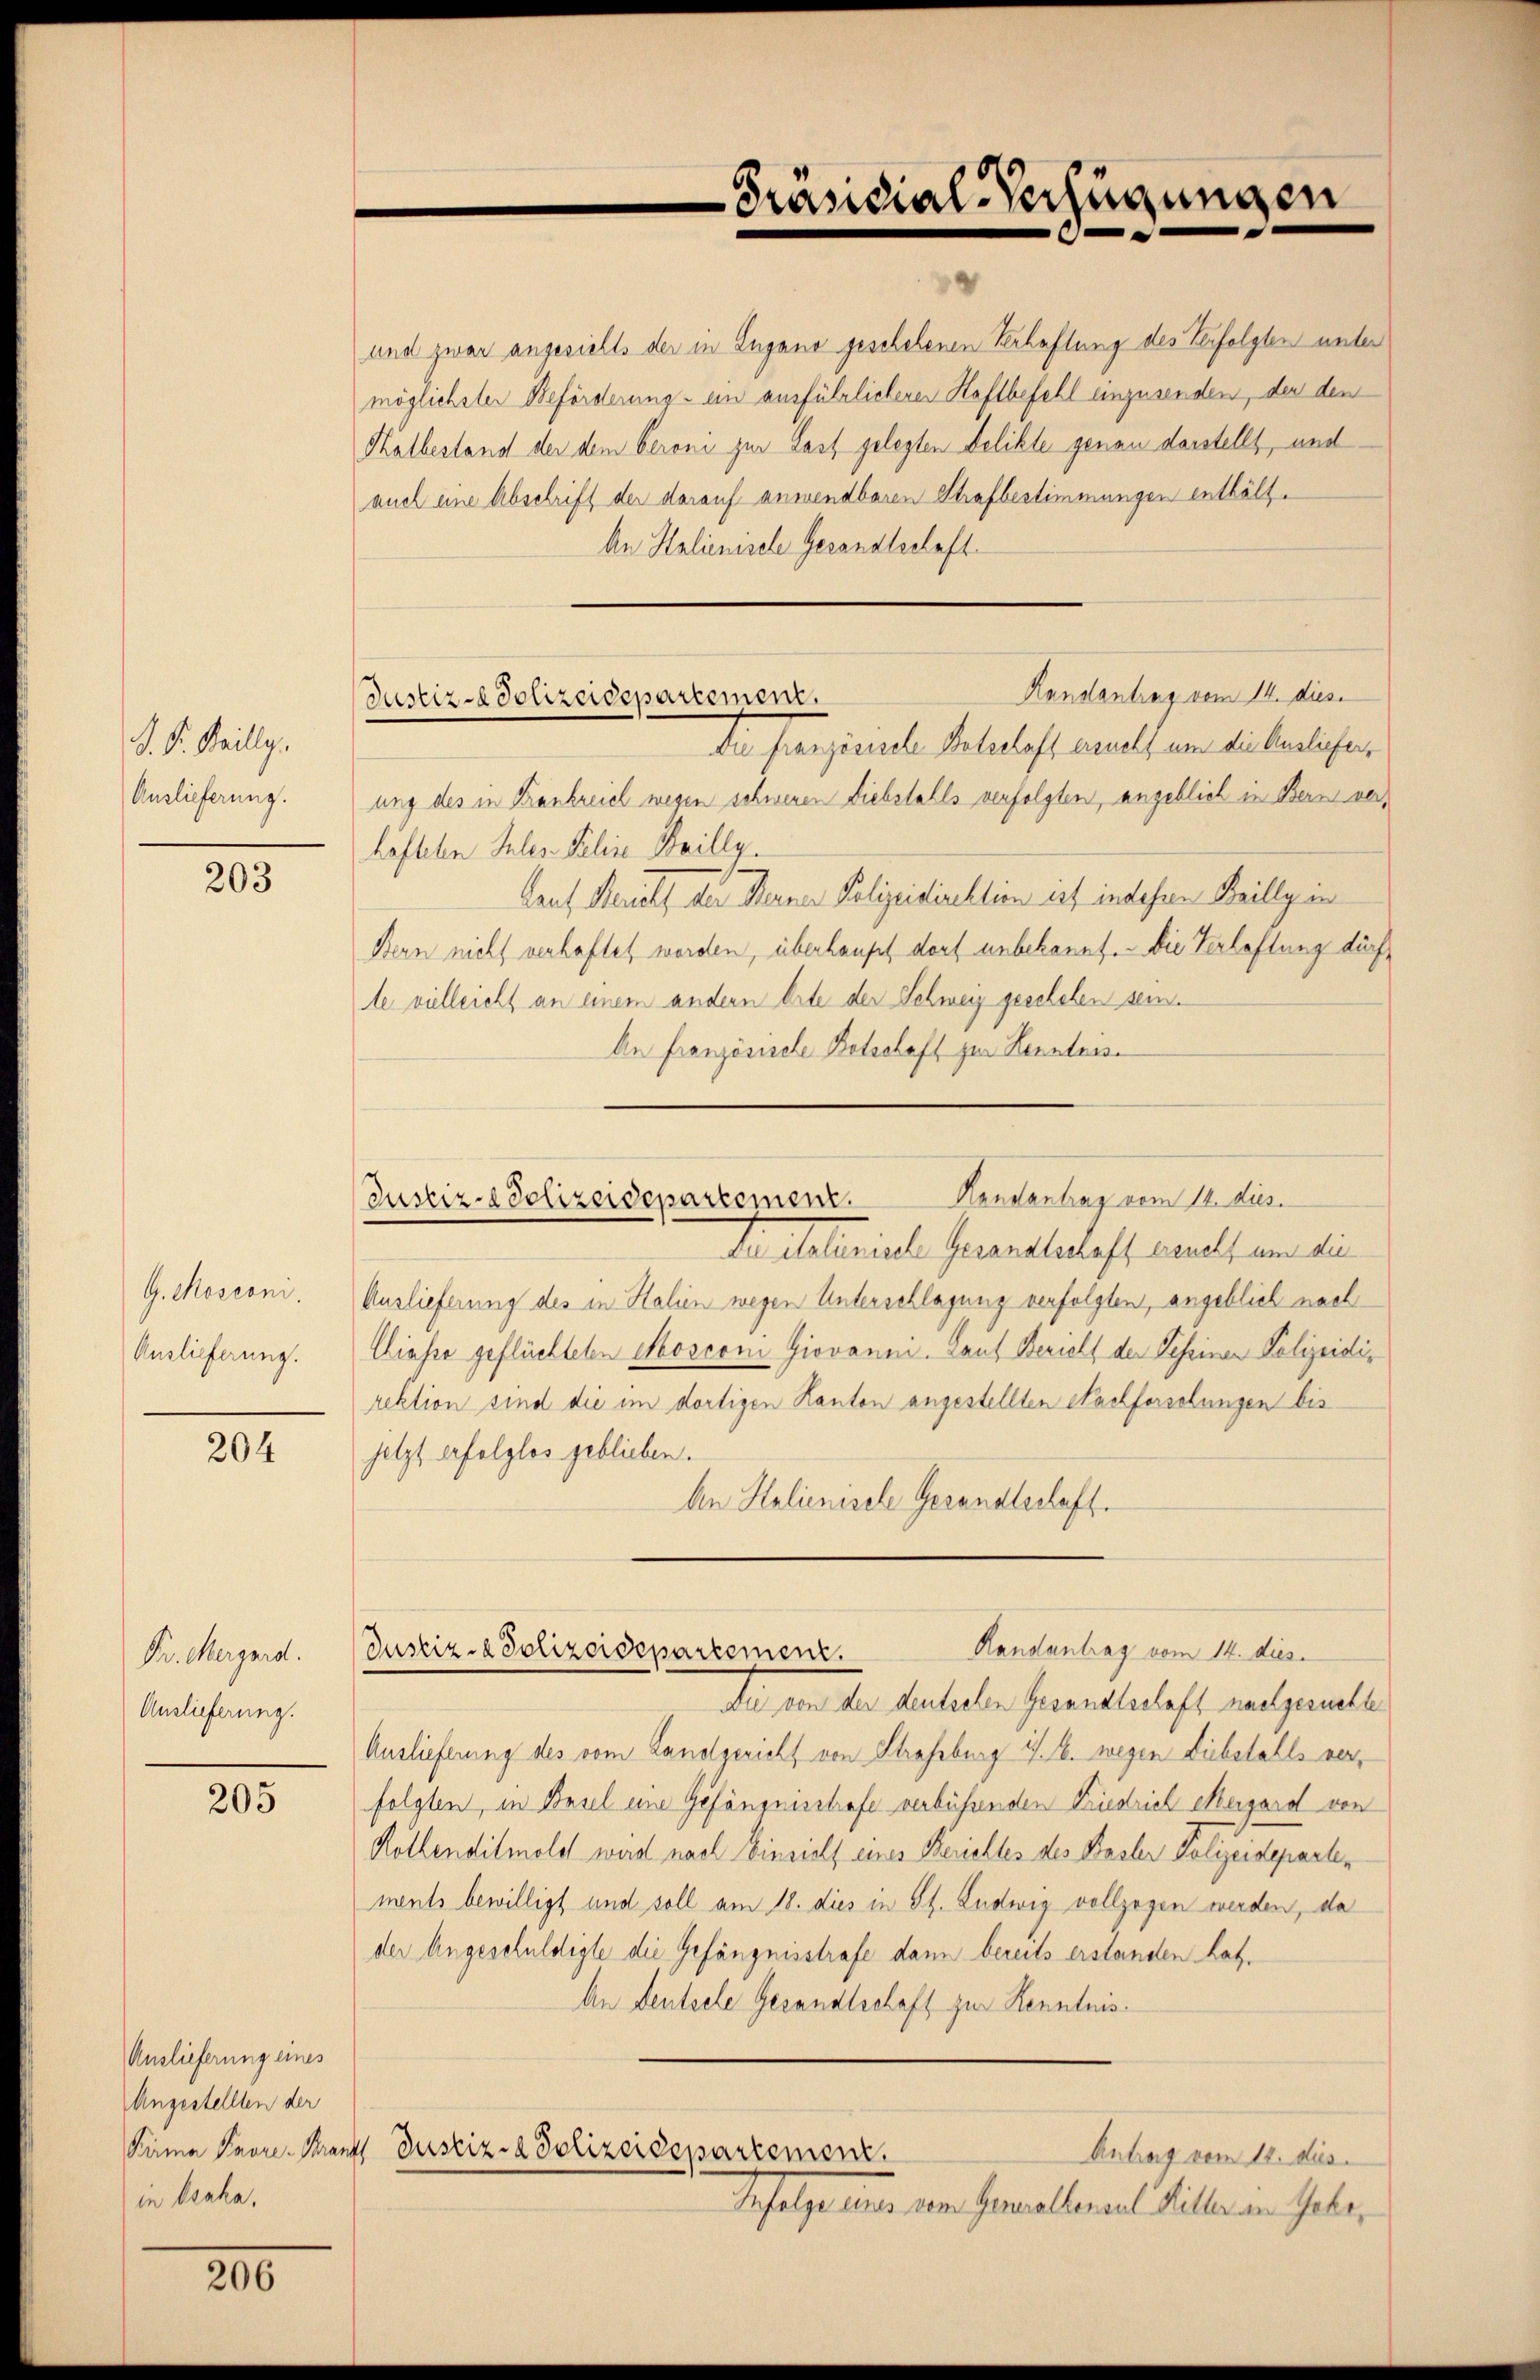
S. S. Beilly.
Auslieferung.

203

G. Mosconi.
Auslieferung.

204

Pr. Margard.
Auslieferung.

205

Auslieferung eines
Angestellten der
in Isaka.

206

und zwar angesichts der in Zugano geschehenen Verhaftung des Verfolgten unter
möglichster Beförderung ein ausführlichenen Haftbefehl einzusenden, den den
Halbestand der dem Beroni zur Last gelegten Delikte genau darstellt, und
auch eine Abschrift der darauf anwendbaren Strafbestimmungen enthält¬
An Halienische Gesandtschaft
Die Französische Botschaft ernels um die Ausliesser,
ung des in Frankreich wegen schweren Diebstalls verfolgten, angeblich in Bern verhafteten Inles-Feline Bailly.
Laut Bericht der Berner Polizeidirektion ist indessen Beilligen
Bern nicht verhaftet worden, überhaupt dorf unbekannt. Die Verlastung dürfle vielleicht an einem andern Orte der Schweiz geschehen sein.
An Französische Botschaft zur Kenntnis

Randantrag vom 14. dies
Justiz-Polizeidepartement.

Präsidial-Verfügungen

Handantrag vom 14. dies.
Justiz-Polizeidepartement.

da allerische Gesandtschaft ernels um die
Auslieferung des in Halien wegen Unterschlagung verfolgten, angeblich nach
Chiesse geflüchteten Mosconi Giovanni. Laut Bericht der Tessiner Polizeidirektion sind die im dortigen Kanton angestellten Nachforschungen bis
jetzt erfolglos geblieben.
An Halienische Gesandtschaft.
Du von der heutelen Gesandtschaft nachgesuchte
Auslieferung des vom Landgericht von Strassburg i. B. wegen Diebstalls verfolgten, in Basel eine Gefängnisstrafe verbührenden Friedrich ergard von
Kollenditmold wird nach Einsicht eines Berichtes des Basler Polizeideparten
ments bewilligt und soll am 18. dies in St. Ludwig vollzogen werden, da
der Angeschuldigte die Gefängnisstrafe dann bereits erstanden hat.
An Deutsele Gesandtschaft zur Kenntnis
Käma Pron-Trants Justiz- & Polizeidepartement.
Antrag vom 12. dies
Infolge einer dem Generallenaul Hiller an Geber

Randantrag vom 14. dies
Justiz- & Polizeidepartement.